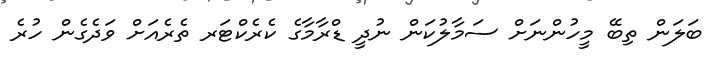
ބަލަން ތިބޭ މީހުންނަށް ސަމާލުކަން ނުދީ ޑްރާމާގެ ކެރެކްޓަރ ތެރެއަށް ވަދެގެން ހުރެ